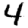
Digit: 4